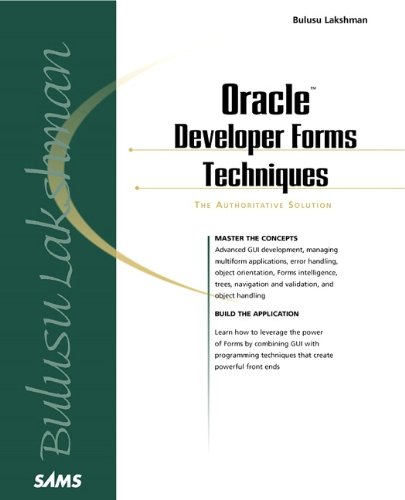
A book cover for Oracle Developer Forms Techniques; Bulusu Lakshman; Computers & Technology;